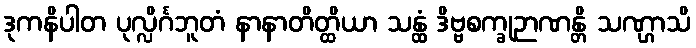
ဒုကနိပါတ ပုလ္လိင်္ဂဘူတံ နာနာတိတ္ထိယာ သန္ထံ ဒိဗ္ဗစက္ခုဉာဏန္တိ သဏ္ဌာသိ